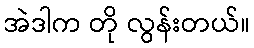
အဲဒါက တို လွန်းတယ်။